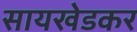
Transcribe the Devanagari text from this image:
सायखेडकर